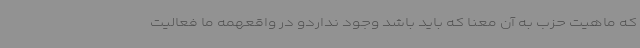
که ماهیت حزب به آن معنا که باید باشد وجود نداردو در واقعهمه ما فعالیت